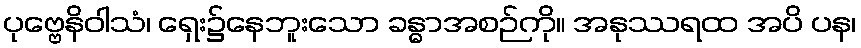
ပုဗ္ဗေနိဝါသံ၊ ရှေး၌နေဘူးသော ခန္ဓာအစဉ်ကို။ အနုဿရထ အပိ ပန၊